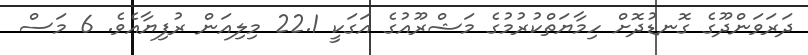
ދަރަވަންދޫގެ ގޮނޑުދޮށް ހިމާޔަތްކުރުމުގެ މަޝްރޫއުގެ އަގަކީ 22.1 މިލިއަން ރުފިޔާއެވެ. 6 މަސް